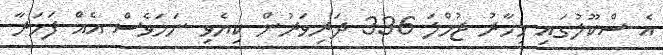
އެ ސްކޫލުގައި މިހާރު ޖުމްލަ 336 ދަރިވަރުން ކިޔެވި ނަމަވެސް އެއް ފަހަރާ